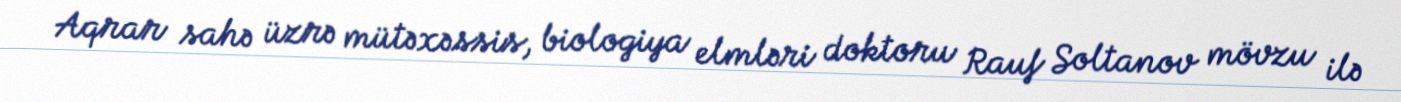
Aqrar sahə üzrə mütəxəssis, biologiya elmləri doktoru Rauf Soltanov mövzu ilə